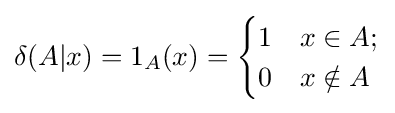
\delta (A|x)=1_{A}(x)={\begin{cases}1&x\in A;\\0&x\notin A\end{cases}}